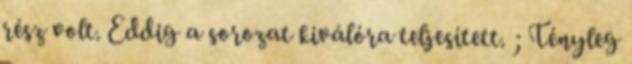
rész volt. Eddig a sorozat kiválóra teljesített. ; Tényleg